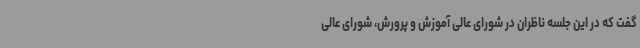
گفت که در این جلسه ناظران در شورای عالی آموزش و پرورش، شورای عالی